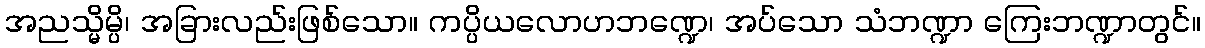
အညသ္မိမ္ပိ၊ အခြားလည်းဖြစ်သော။ ကပ္ပိယလောဟဘဏ္ဍေ၊ အပ်သော သံဘဏ္ဍာ ကြေးဘဏ္ဍာတွင်။